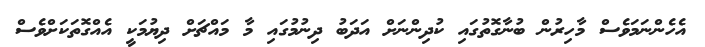
އެހެންނަމަވެސް މާހިރުން ބުނާގޮތުގައި ކުދިންނަށް އަދަބު ދިނުމުގައި މާ މައްޗަށް ދިޔުމަކީ އެއްގޮތަކަށްވެސް